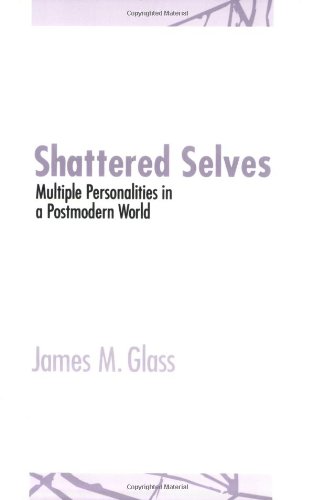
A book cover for Shattered Selves: Multiple Personality in a Postmodern World; James M. Glass; Health, Fitness & Dieting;